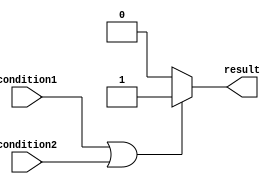
module if_else_example (
    input wire condition1,
    input wire condition2,
    output reg result
);

always @* begin
    if (condition1 || condition2) begin
        // execute this block if either condition1 or condition2 is true
        result <= 1'b1;
    end
    else begin
        // execute this block if neither condition1 nor condition2 is true
        result <= 1'b0;
    end
end

endmodule